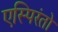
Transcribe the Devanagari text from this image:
एस्पिरंतो